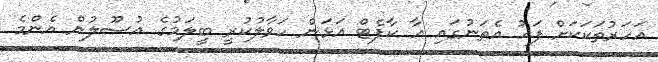
އަހަރުތަކަކަށް ފަހު އެތަނުގައި އާ ކާޕެޓް އަޅަން ހަވާލުކުރީ ބީލަމުގެ އުސޫލުން އެންމެ